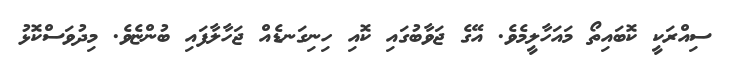
ސިއްރަކީ ކޮބައިތޯ މައަހާލީމެވެެެ. އޭގެ ޖަވާބުގައި ކޮއި ހިނިގަނޑެއް ޖަހާލާފައި ބުންޏެވެ. މިދުވަސްކޮޅު